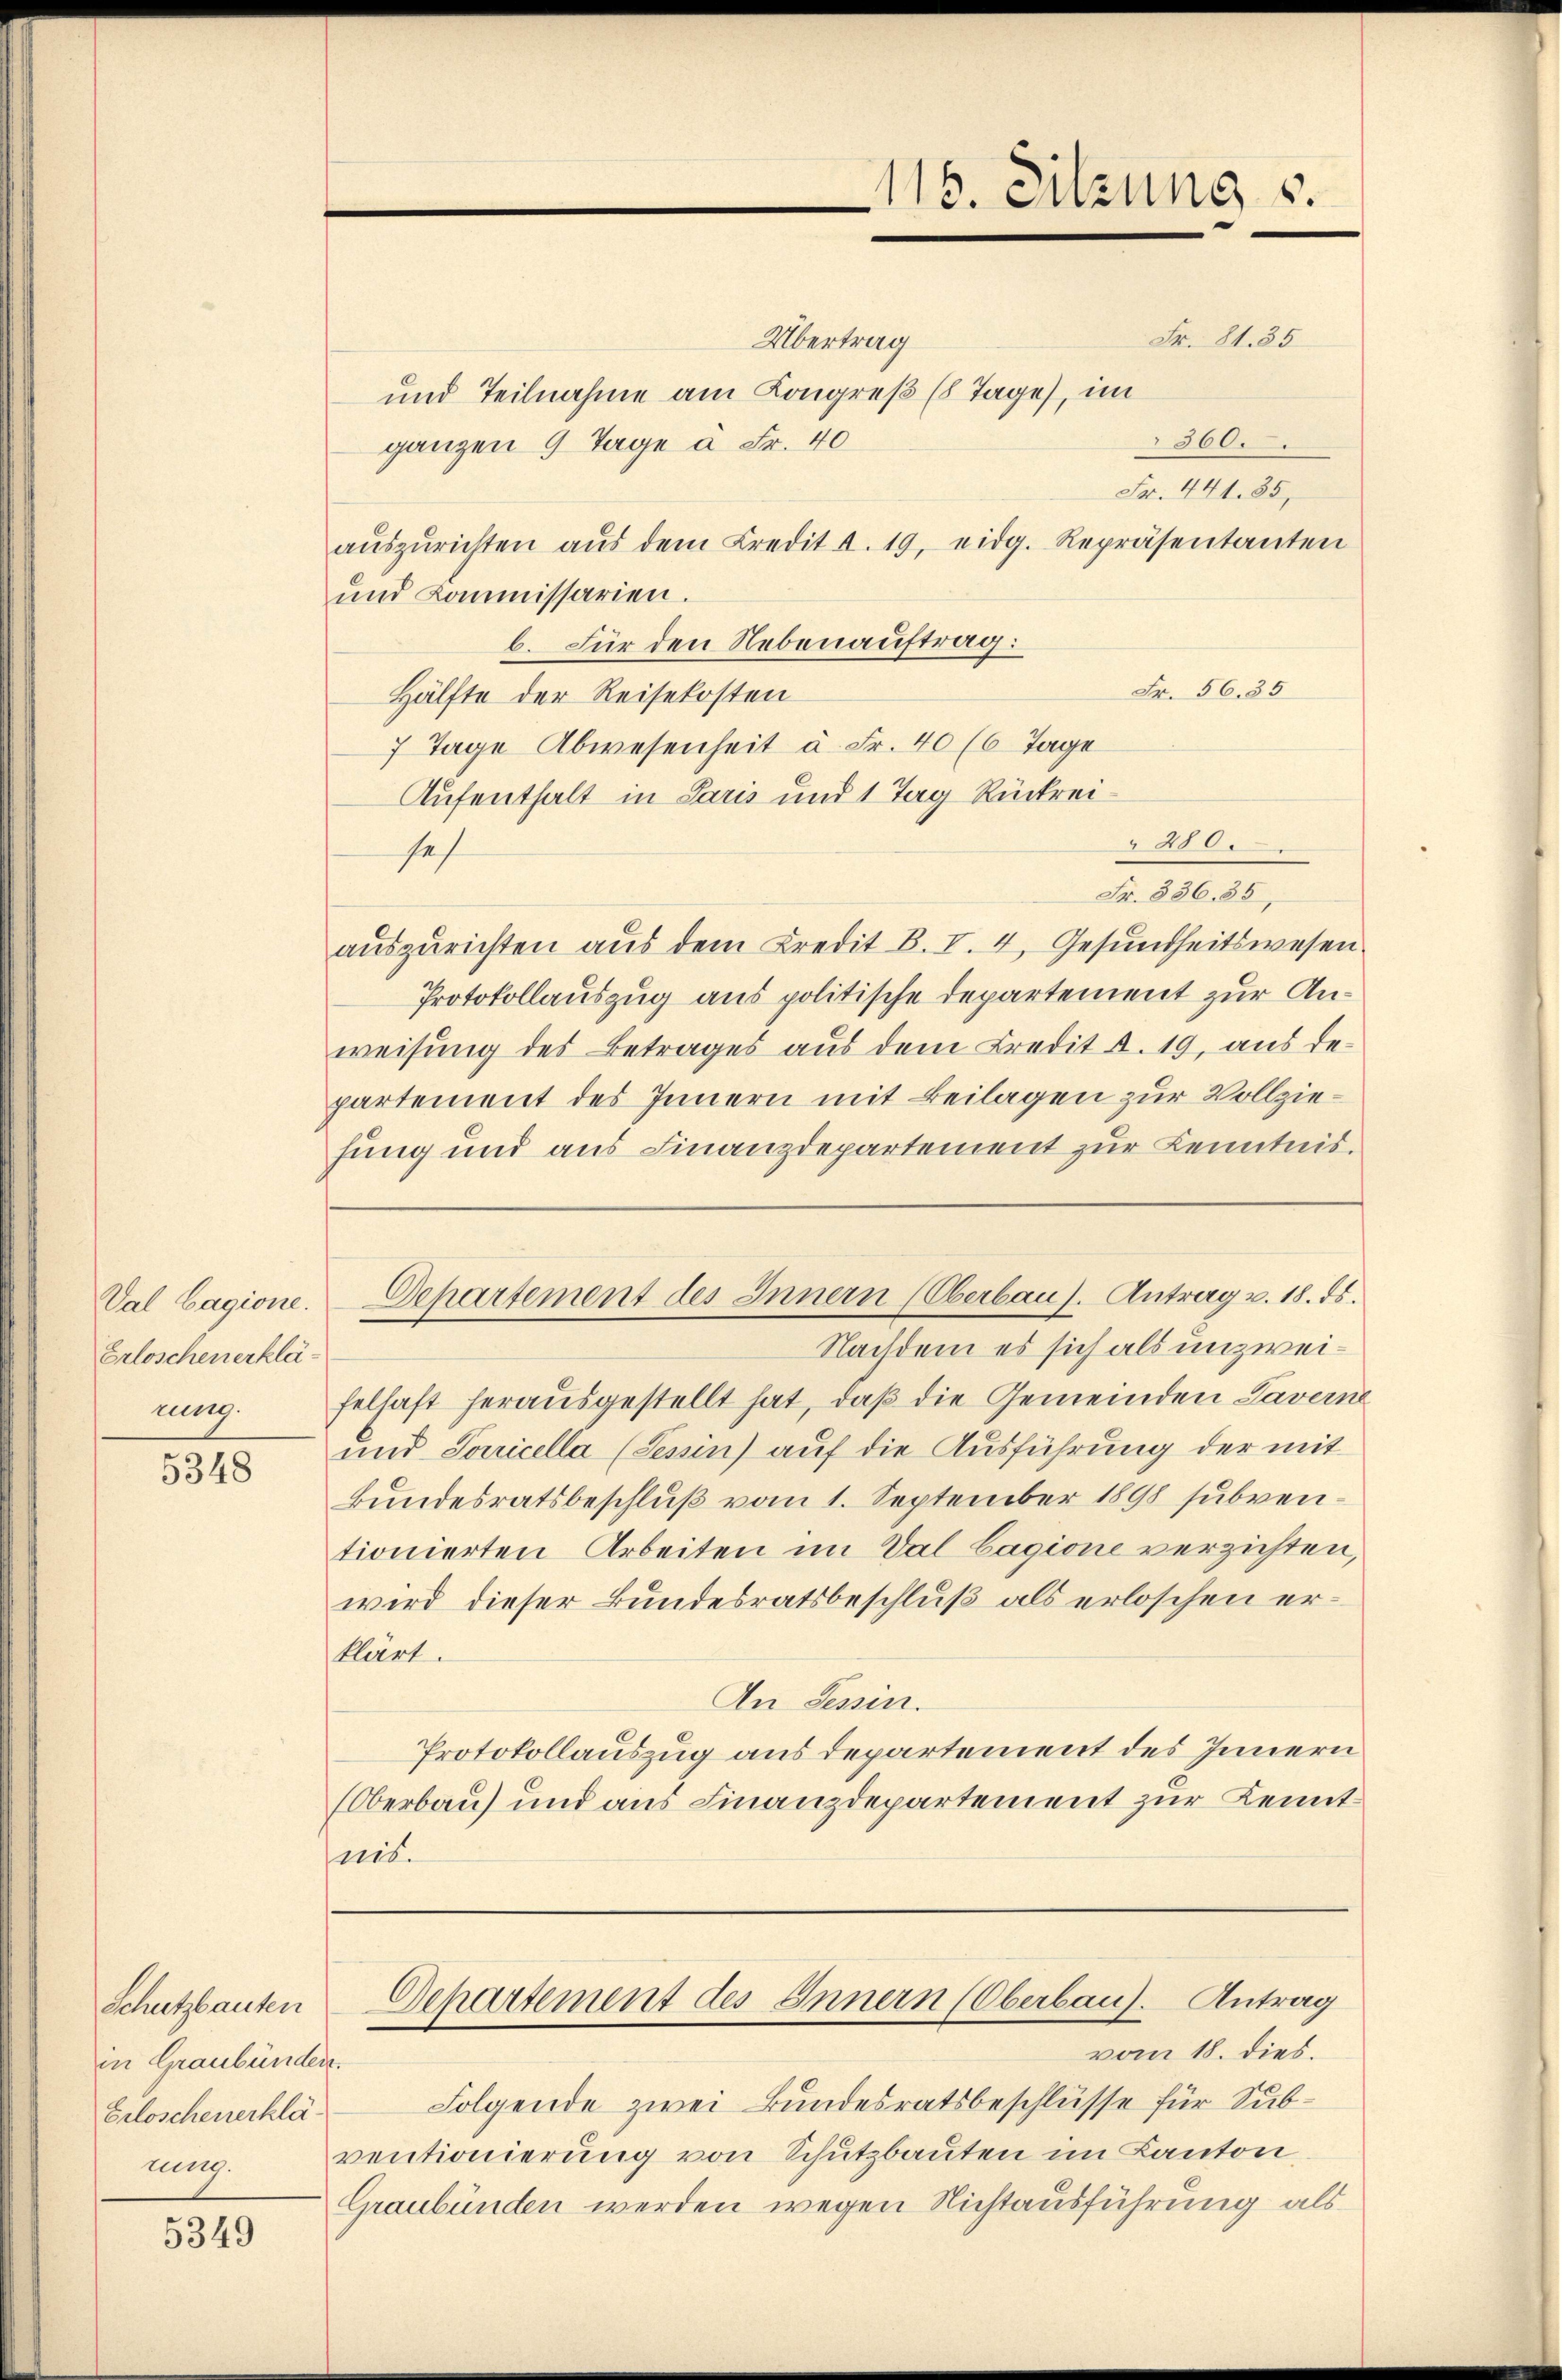
Val Cagione.
Erloschenerklä
rung.

5348

Schutzbauten
in Graubünden.
Erloschenerklä
nung.

5349

116. Sitzung s.

Fr. 81. 35
Übertrag
und Teilnahme am Kongreß (8 Tage), im
360.
ganzen 9 Tage à Fr. 40
Fr. 441. 35,
aŭszŭrichten aŭs dem Credit d. 19. eidg. Repräsentanten
und Commissarien.
b. Für den Nebenauftrag:
Fr. 56. 35
Hälfte der Reisekosten
7 Tage Abwesenheit u. Fr. 40 (6 Tage
Aufenthalt in Paris und 1 Tag Rückrei¬
280.
seh
Fr. 336. 35,
auszurichten aus dem Credit B. I. 4, Gesundheitswesen
Protokollauszug aus politische Departement zur Anweisung des Betrages aus dem Credit d. 19, aus de
partement des Innern mit Beilagen zur Vollziehung und aus Finanzdepartement zur Kenntnis.
Departement des Innern (Oberbaus. Antrag v. 18. ds.
Nachdem es sich als unzweifelhaft herausgestellt hat, daß die Gemeinden Laverne
und Sauricella (Tessin) auf die Ausführung der mit
Bundesratsbeschluß vom 1. September 1898 subventionierten Arbeiten im Val Cagione verzichten,
wird dieser Bundesratsbeschluß als erloschen erklärt.
An Tessin.
Protokollauszug aus departement des Innern
(Oberbau und aus Finanzdepartement zur Kenntnis.
Departement des Innern (Oberbau. Antrag
vom 18. dies.
Folgende zwei Bundesratsbeschlüsse für Subventionierung von Schutzbauten im Kanton
Graubünden werden wegen Nichtausführung als